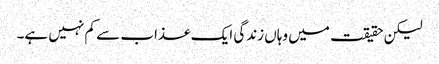
لیکن حقیقت میں وہاں زندگی ایک عذاب سے کم نہیں ہے۔